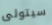
سيتولى